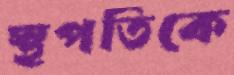
স্থপতিকে